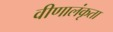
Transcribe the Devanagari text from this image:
वीणालंकृता